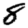
Digit: 8